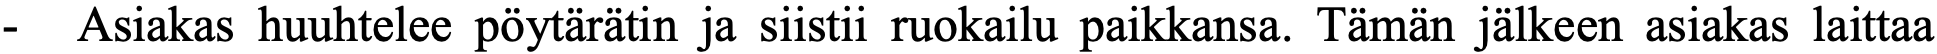
-  Asiakas huuhtelee pöytärätin ja siistii ruokailu paikkansa. Tämän jälkeen asiakas laittaa